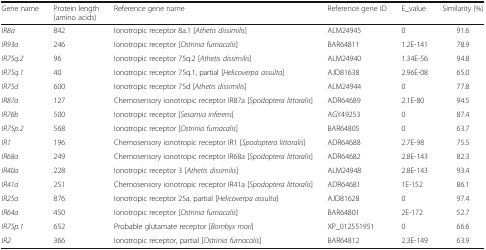
| Gene name | Protein length (amino acids) | Reference gene name | Reference gene ID | E_value | Similarity (%) |
 | --- | --- | --- | --- | --- | --- |
 | IR8a | 842 | Ionotropic receptor 8a.1 [Athetis dissimilis] | ALM24945 | 0 | 91.6 |
 | IR93a | 246 | Ionotropic receptor [Ostrinia furnacalis] | BAR64811 | 1.2E-141 | 78.9 |
 | IR75q.2 | 96 | Ionotropic receptor 75q.2 [Athetis dissimilis] | ALM24940 | 1.34E-56 | 94.8 |
 | IR75q.1 | 40 | Ionotropic receptor 75q.1, partial [Helicoverpa assulta] | AJD81638 | 2.96E-08 | 65.0 |
 | IR75d | 600 | Ionotropic receptor 75d [Athetis dissimilis] | ALM24944 | 0 | 77.8 |
 | IR87a | 127 | Chemosensory ionotropic receptor IR87a [Spodoptera littoralis] | ADR64689 | 2.1E-80 | 94.5 |
 | IR76b | 500 | Ionotropic receptor [Sesamia inferens] | AGY49253 | 0 | 87.4 |
 | IR75p.2 | 568 | Ionotropic receptor [Ostrinia furnacalis] | BAR64805 | 0 | 63.7 |
 | IR1 | 196 | Chemosensory ionotropic receptor IR1 [Spodoptera littoralis] | ADR64688 | 2.7E-98 | 75.5 |
 | IR68a | 249 | Chemosensory ionotropic receptor IR68a [Spodoptera littoralis] | ADR64682 | 2.8E-143 | 82.3 |
 | IR40a | 228 | Ionotropic receptor 3 [Athetis dissimilis] | ALM24948 | 2.8E-143 | 93.4 |
 | IR41a | 251 | Chemosensory ionotropic receptor IR41a [Spodoptera littoralis] | ADR64681 | 1E-152 | 86.1 |
 | IR25a | 876 | Ionotropic receptor 25a, partial [Helicoverpa assulta] | AJD81628 | 0 | 97.4 |
 | IR64a | 450 | Ionotropic receptor [Ostrinia furnacalis] | BAR64801 | 2E-172 | 52.7 |
 | IR75p.1 | 652 | Probable glutamate receptor [Bombyx mori] | XP_012551951 | 0 | 66.6 |
 | IR2 | 366 | Ionotropic receptor, partial [Ostrinia furnacalis] | BAR64812 | 2.3E-149 | 63.9 |